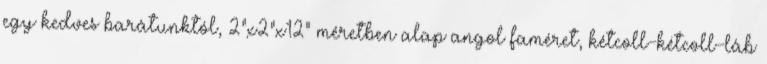
egy kedves barátunktól, 2"x2"x12" méretben alap angol faméret, kétcoll-kétcoll-láb